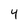
Character: 4